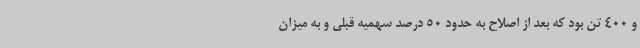
و 400 تن بود که بعد از اصلاح به حدود 50 درصد سهمیه قبلی و به میزان